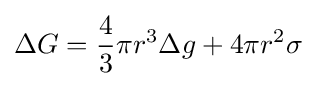
\Delta G={\frac {4}{3}}\pi r^{3}\Delta g+4\pi r^{2}\sigma